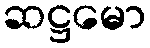
ဆဋ္ဌမော